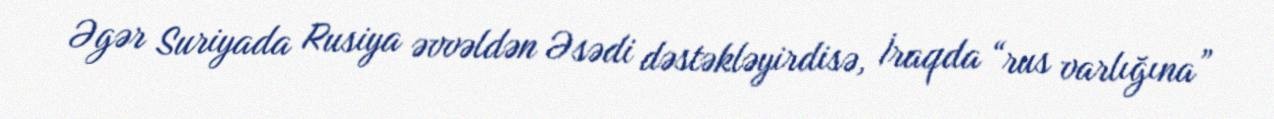
Əgər Suriyada Rusiya əvvəldən Əsədi dəstəkləyirdisə, İraqda “rus varlığına”